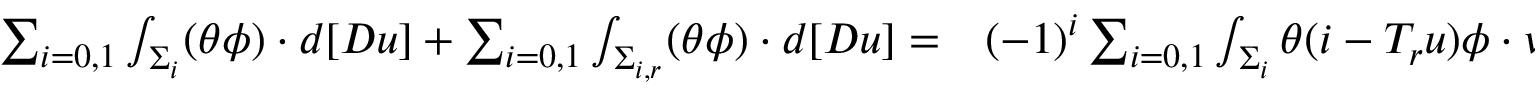
\begin{array} { r l } { \sum _ { i = 0 , 1 } \int _ { \Sigma _ { i } } ( \theta \phi ) \cdot d [ D u ] + \sum _ { i = 0 , 1 } \int _ { \Sigma _ { i , r } } ( \theta \phi ) \cdot d [ D u ] = } & { { } ( - 1 ) ^ { i } \sum _ { i = 0 , 1 } \int _ { \Sigma _ { i } } \theta ( i - T _ { r } u ) \phi \cdot \nu _ { \Sigma _ { i } } \, d \mathcal H ^ { 2 } } \end{array}